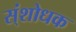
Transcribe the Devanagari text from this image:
स्ंशोधक